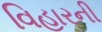
વિહારની